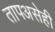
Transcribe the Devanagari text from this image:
तापअसेही